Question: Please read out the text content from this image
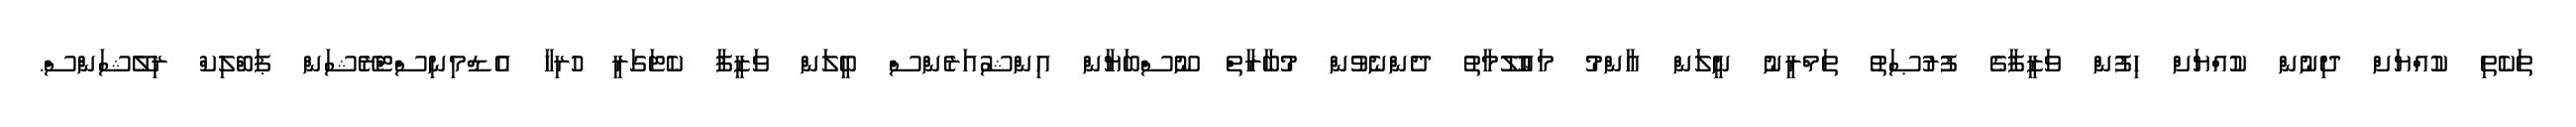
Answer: ތަކެތި ކުއްޔަށް ދިނުން ކުއްޔަށް ހިފުން ވަޒީފާގެ ފުރުޞަތު ތަމްރީނު ނީލަން ޢާންމު މަޢުލޫމާތު ދެންނެވުން މުބާރާތް ނޫސްބަޔާން އިންޝުއަރެންސް ބީލަން ވަޒީފާ ކެޓަގަރީ ހުރިހާ އެޑްމިނިސްޓްރޭޝަން ޕަބްލިކް ރިލޭޝަންސް.